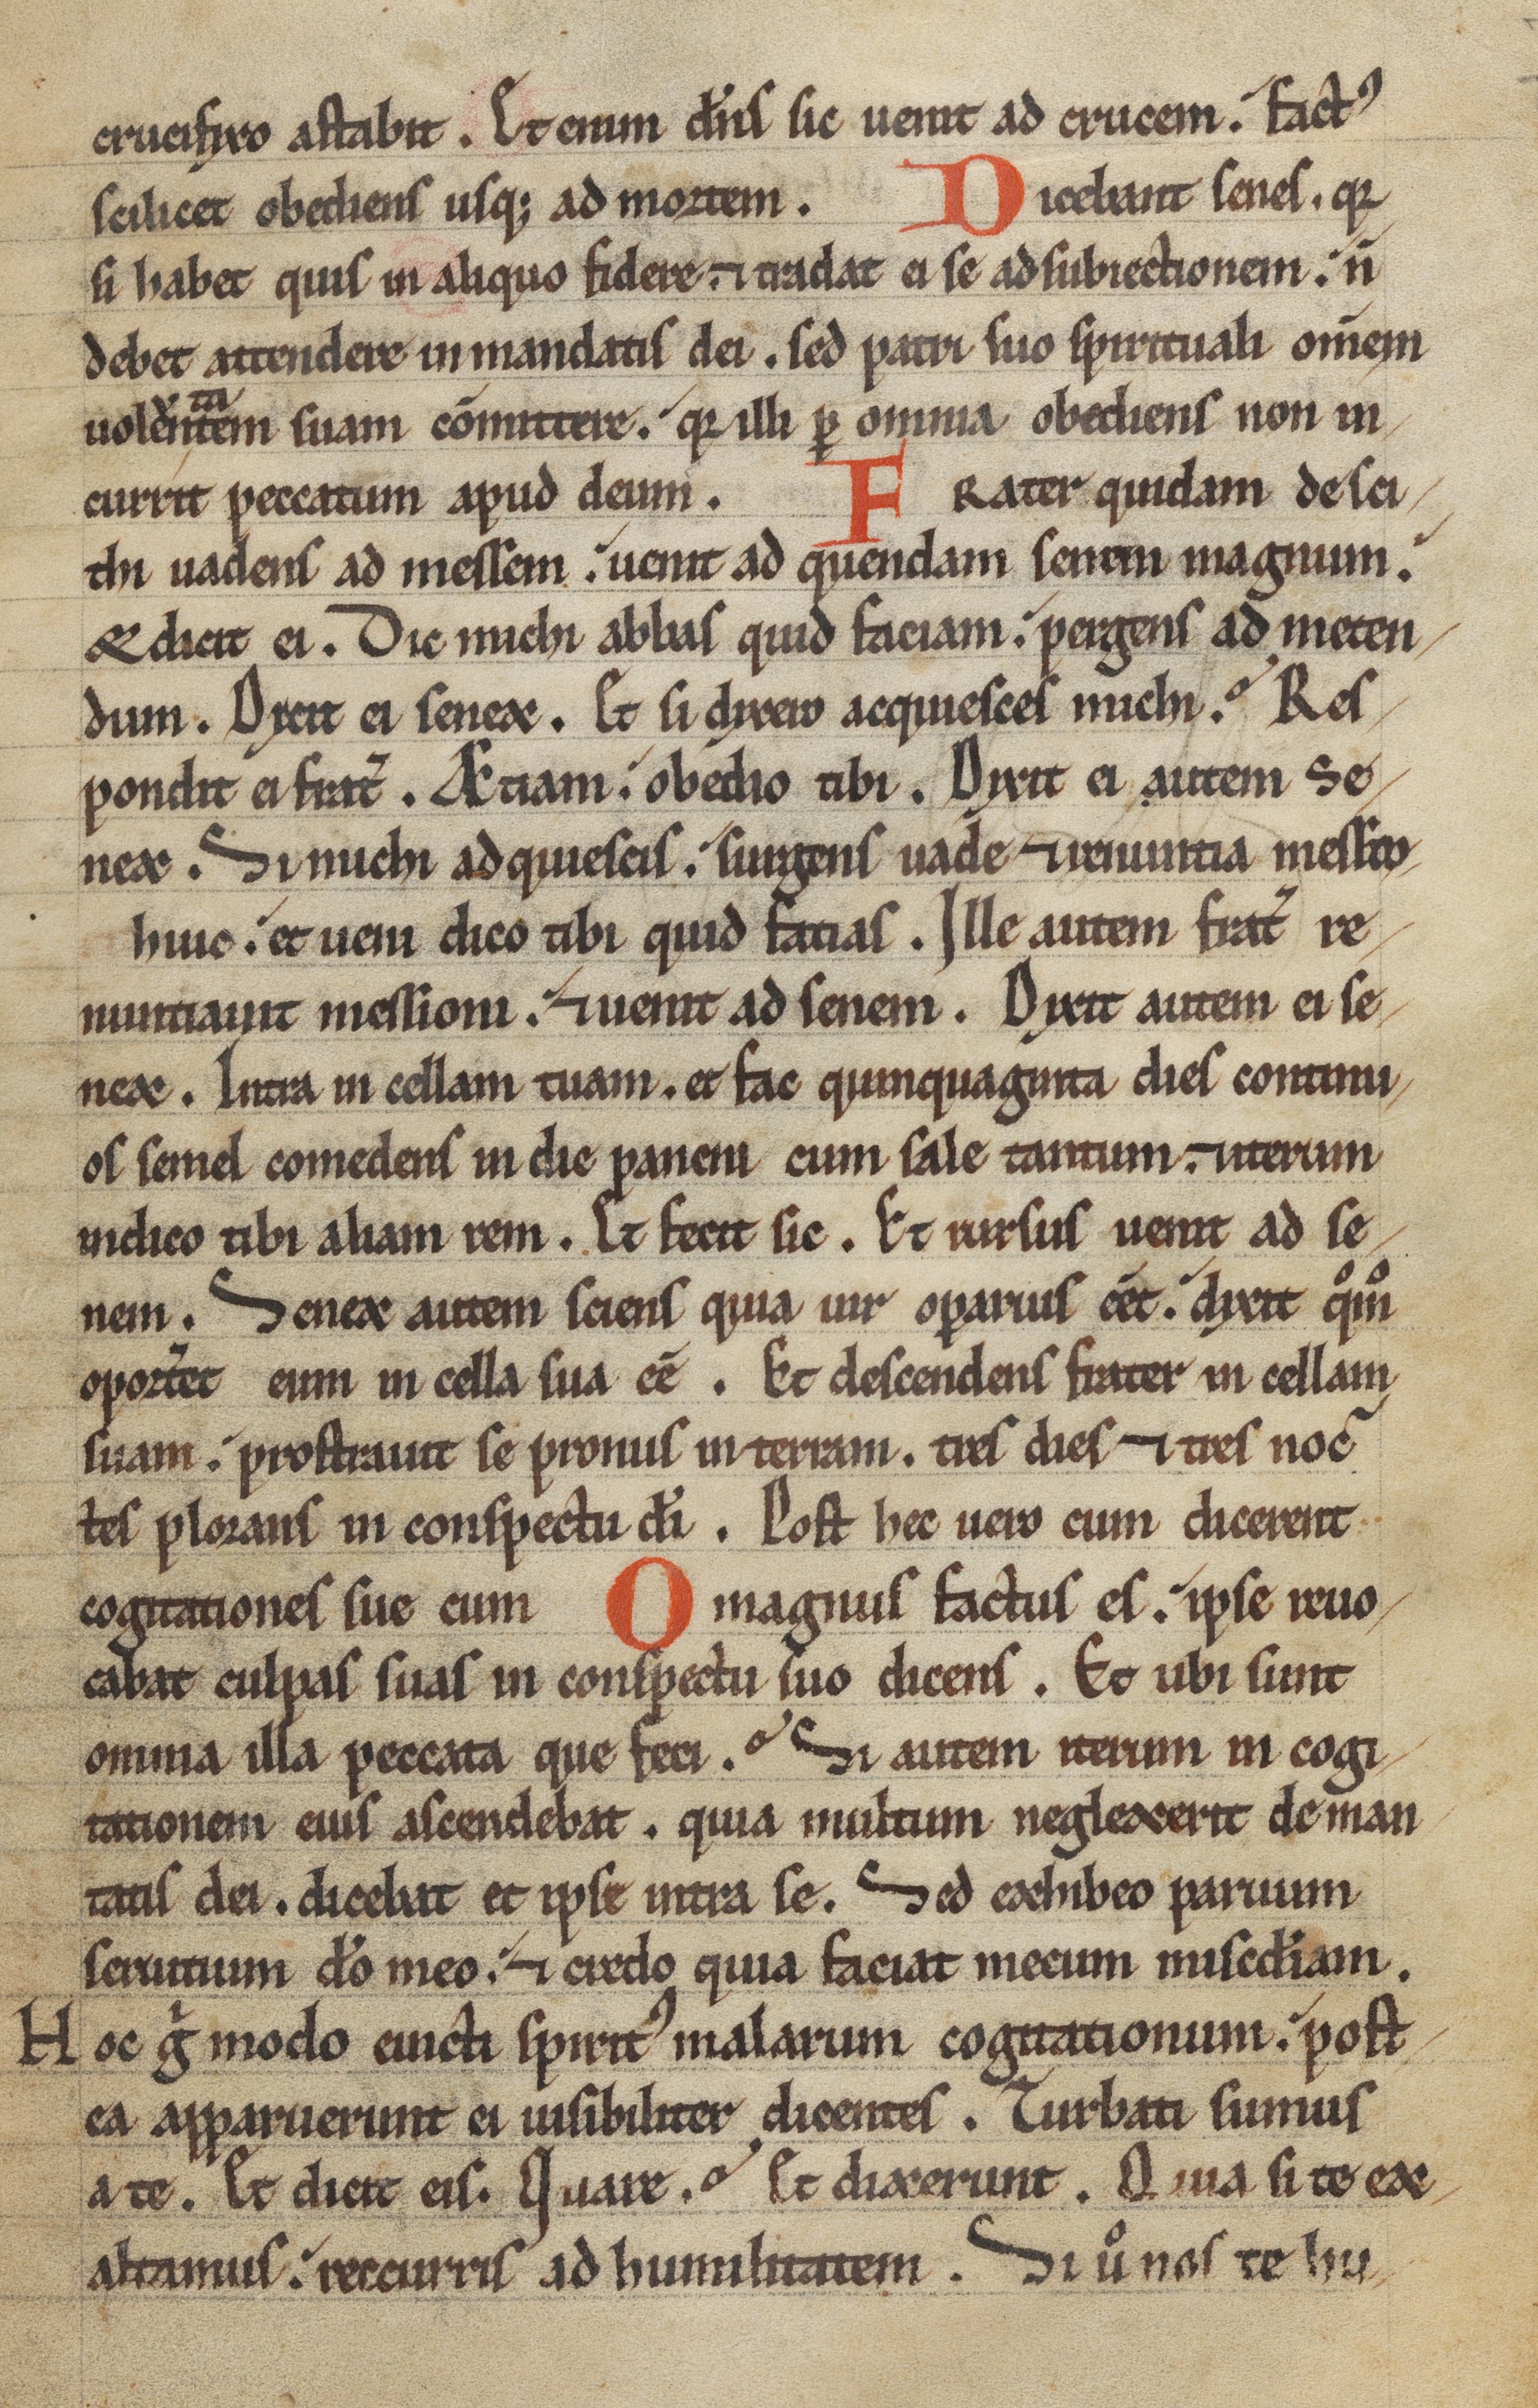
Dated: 1150–1199